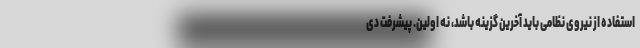
استفاده از نیروی نظامی باید آخرین گزینه باشد، نه اولین. پیشرفت دی